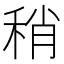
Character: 稍